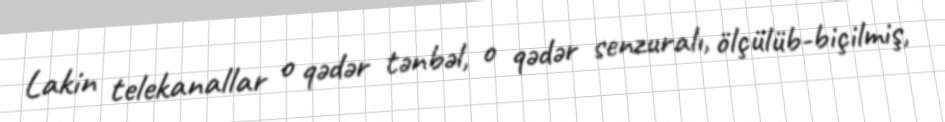
Lakin telekanallar o qədər tənbəl, o qədər senzuralı, ölçülüb-biçilmiş,